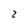
Character: 2